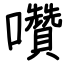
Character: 囋